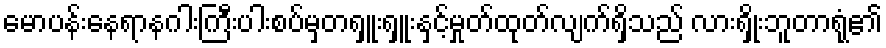
မောပန်းနေရာနဂါးကြီးပါးစပ်မှတရှူးရှူးနှင့်မှုတ်ထုတ်လျက်ရှိသည် လားရှိုးဘူတာရုံ၏